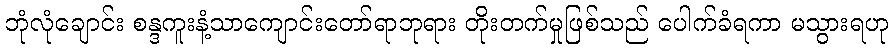
ဘုံလုံချောင်း စန္ဒကူးနံ့သာကျောင်းတော်ရာဘုရား တိုးတက်မှုဖြစ်သည် ပေါက်ခံရကာ မသွားရဟု